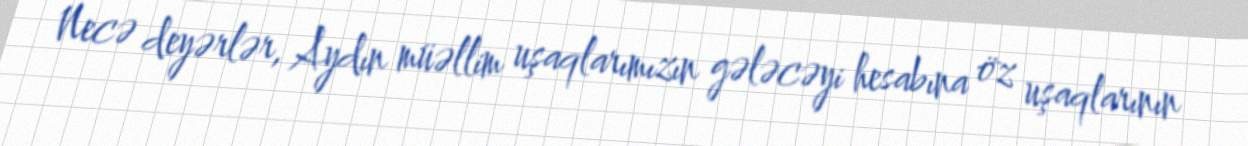
Necə deyərlər, Aydın müəllim uşaqlarımızın gələcəyi hesabına öz uşaqlarının